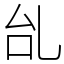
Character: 乨